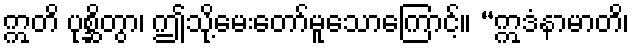
ဣတိ ပုစ္ဆိတွာ၊ ဤသို့မေးတော်မူသောကြောင့်။ “ဣဒံနာမာတိ၊